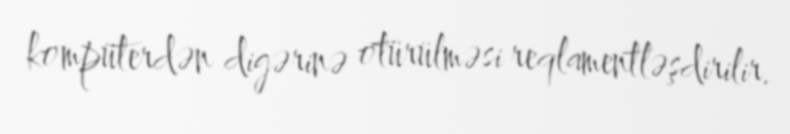
kompüterdən digərinə otürülməsi reqlamentləşdirilir.